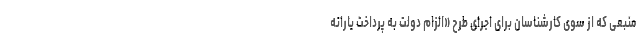
منبعی که از سوی کارشناسان برای اجرای طرح «الزام دولت به پرداخت یارانه